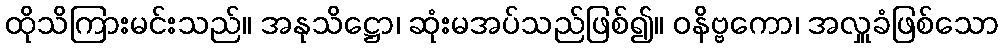
ထိုသိကြားမင်းသည်။ အနုသိဋ္ဌော၊ ဆုံးမအပ်သည်ဖြစ်၍။ ဝနိဗ္ဗကော၊ အလှူခံဖြစ်သော